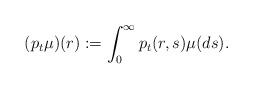
LaTeX: \begin{align*} (p_t\mu)(r) := \int_0^\infty p_t(r,s)\mu(ds). \end{align*}